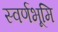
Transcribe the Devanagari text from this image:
स्वर्णभूमि